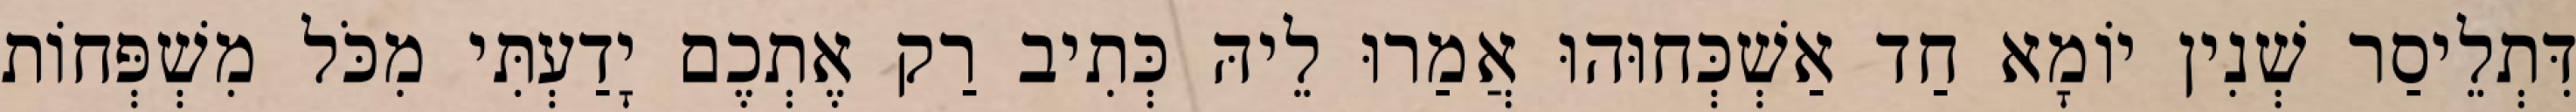
דִּתְלֵיסַר שְׁנִין יוֹמָא חַד אַשְׁכְּחוּהוּ אֲמַרוּ לֵיהּ כְּתִיב רַק אֶתְכֶם יָדַעְתִּי מִכֹּל מִשְׁפְּחוֹת